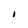
Character: I